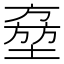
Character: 𡑔